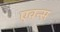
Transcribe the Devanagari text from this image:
एवन्स